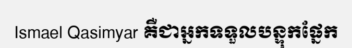
Ismael Qasimyar គឺជាអ្នកទទួលបន្ទុកផ្នែក